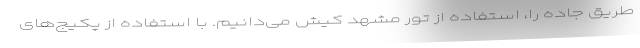
طریق جاده را، استفاده از تور مشهد کیش می‌دانیم. با استفاده از پکیج‌های